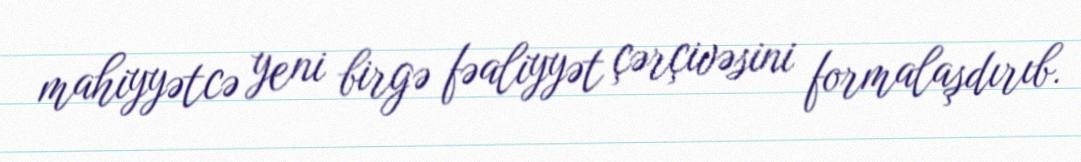
mahiyyətcə yeni birgə fəaliyyət çərçivəsini formalaşdırıb.